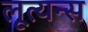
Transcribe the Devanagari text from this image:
लूत्यन्स